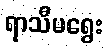
ရာသီမရွေး